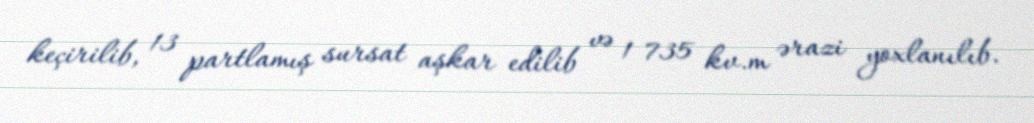
keçirilib, 13 partlamış sursat aşkar edilib və 1 735 kv.m ərazi yoxlanılıb.